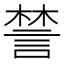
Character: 𧩋